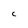
Character: C